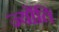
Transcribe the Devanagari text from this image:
ज्योंति